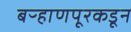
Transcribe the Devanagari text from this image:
बऱ्हाणपूरकडून